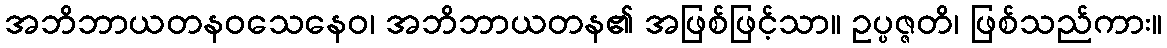
အဘိဘာယတနဝသေနေဝ၊ အဘိဘာယတန၏ အဖြစ်ဖြင့်သာ။ ဥပ္ပဇ္ဇတိ၊ ဖြစ်သည်ကား။